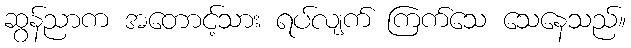
ဆွန်ညာက အတောင့်သား ရပ်လျက် ကြက်သေ သေနေသည်။